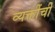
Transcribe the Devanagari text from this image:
व्यक्तींचीं